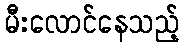
မီးလောင်နေသည့်